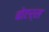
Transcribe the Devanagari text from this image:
बोएर्स